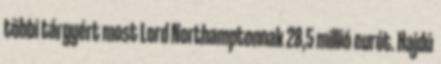
többi tárgyért most Lord Northamptonnak 28,5 millió eurót. Hajdú